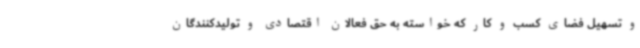
و تسهیل فضای کسب و کار که خواسته به حق فعالان اقتصادی و تولیدکنندگان